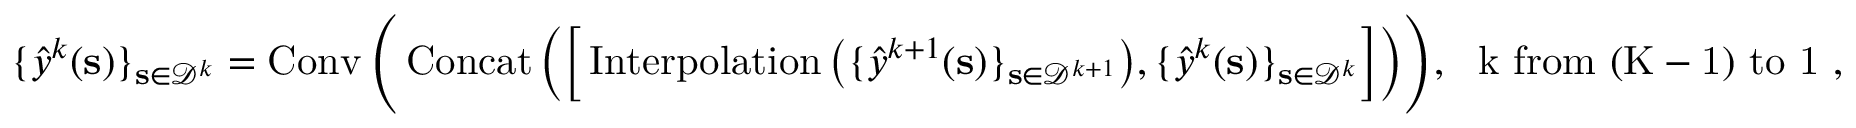
\{ \boldsymbol { { \widehat { y } } } ^ { k } ( \mathbf { s } ) \} _ { \mathbf { s } \in \mathcal { D } ^ { k } } = \operatorname { C o n v } \Bigg ( \operatorname { C o n c a t } \Big ( \Big [ \operatorname { I n t e r p o l a t i o n } \big ( \{ \boldsymbol { { \widehat { y } } } ^ { k + 1 } ( \mathbf { s } ) \} _ { \mathbf { s } \in \mathcal { D } ^ { k + 1 } } \big ) , \{ \boldsymbol { { \widehat { y } } } ^ { k } ( \mathbf { s } ) \} _ { \mathbf { s } \in \mathcal { D } ^ { k } } \Big ] \Big ) \Bigg ) , \ \mathrm { ~ k ~ f r o m ~ ( K - 1 ) ~ t o ~ 1 ~ } ,